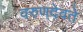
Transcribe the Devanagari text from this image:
वरुणदेवते